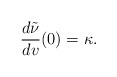
\begin{align*} \frac{d\tilde{\nu}}{dv}(0)=\kappa.\end{align*}